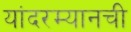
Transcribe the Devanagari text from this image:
यांदरम्यानची